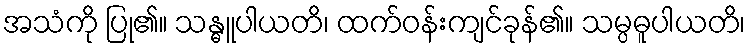
အသံကို ပြု၏။ သန္ဓူပါယတိ၊ ထက်ဝန်းကျင်ခုန်၏။ သမ္ပဓူပါယတိ၊